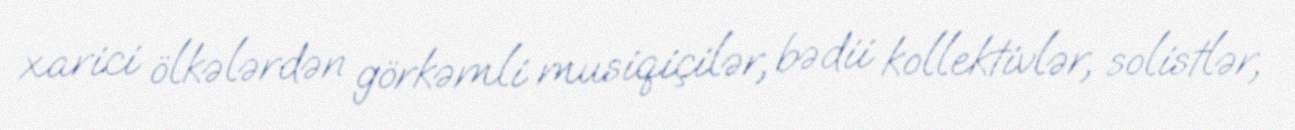
xarici ölkələrdən görkəmli musiqiçilər, bədii kollektivlər, solistlər,